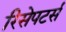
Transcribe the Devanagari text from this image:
रिसेपटर्स